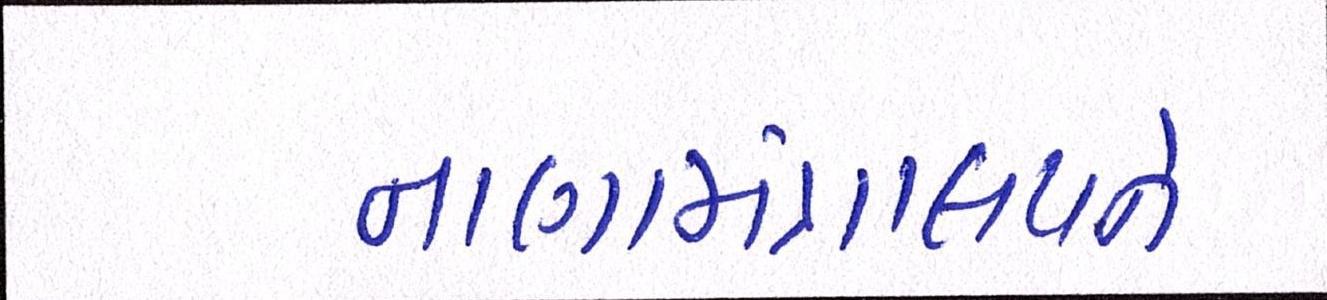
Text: નાણામંત્રાલયને